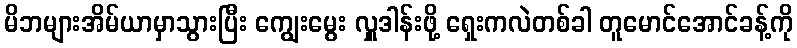
မိဘများအိမ်ယာမှာသွားပြီး ကျွေးမွေး လှူဒါန်းဖို့ ရှေးကလဲတစ်ခါ တူမောင်အောင်ခန့်ကို